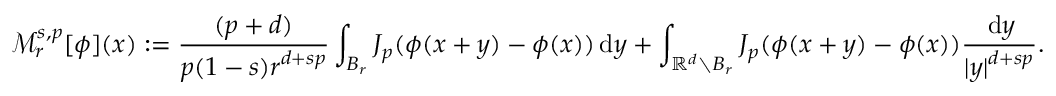
\mathcal { M } _ { r } ^ { s , p } [ \phi ] ( x ) : = \frac { ( p + d ) } { p ( 1 - s ) r ^ { d + s p } } \int _ { B _ { r } } J _ { p } ( \phi ( x + y ) - \phi ( x ) ) \, \mathrm { d } y + \int _ { \ensuremath { \mathbb { R } } ^ { d } \setminus B _ { r } } J _ { p } ( \phi ( x + y ) - \phi ( x ) ) \frac { \, \mathrm { d } y } { | y | ^ { d + s p } } .